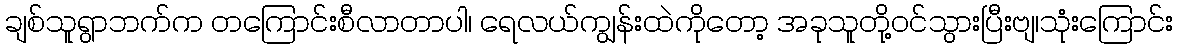
ချစ်သူရွာဘက်က တကြောင်းစီလာတာပါ၊ ရေလယ်ကျွန်းထဲကိုတော့ အခုသူတို့ဝင်သွားပြီးဗျ၊သုံးကြောင်း